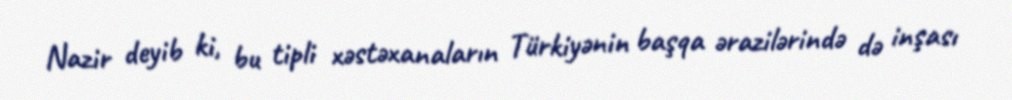
Nazir deyib ki, bu tipli xəstəxanaların Türkiyənin başqa ərazilərində də inşası